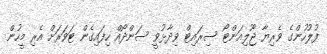
ފުލުހުންގެ ވެރިޔާ ޖޫލިއަންޓޯ ސިރައިޓް ވިދާޅުވީ ސަންދޯއް ހިފައިގެން ޓަވަރަށް އެރި މީހުން